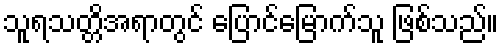
သူရသတ္တိအရာတွင် ပြောင်မြောက်သူ ဖြစ်သည်။